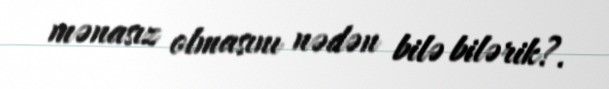
mənasız olmasını nədən bilə bilərik?.